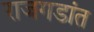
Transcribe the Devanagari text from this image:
राजगडांत